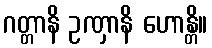
ဂတ္တာနိ ဥဏှာနိ ဟောန္တိ။